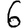
Digit: 6